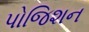
પોજિશન